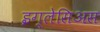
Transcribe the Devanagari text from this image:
इग्लेसिअस